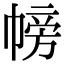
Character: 𢄎